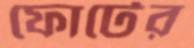
ফোর্টের